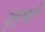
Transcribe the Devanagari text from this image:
युद्धहै